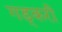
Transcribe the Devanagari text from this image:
गड्करी